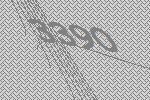
3390